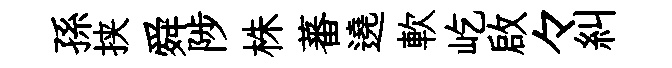
孫挟舜陟株蕃遶軟屹啟々糾